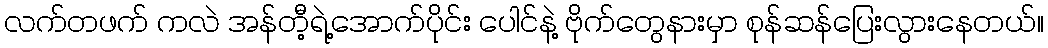
လက်တဖက် ကလဲ အန်တီ့ရဲ့အောက်ပိုင်း ပေါင်နဲ့ ဗိုက်တွေနားမှာ စုန်ဆန်ပြေးလွားနေတယ်။